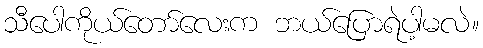
သီပေါကိုယ်တော်လေးက ဘယ်ပြောရဲပါ့မလဲ။